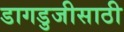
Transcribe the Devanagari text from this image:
डागडुजीसाठी